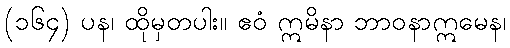
(၁၆၄) ပန၊ ထိုမှတပါး။ ဧဝံ ဣမိနာ ဘာဝနာဣမေန၊